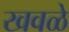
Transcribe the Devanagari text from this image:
खवळे